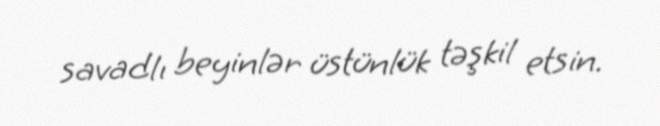
savadlı beyinlər üstünlük təşkil etsin.